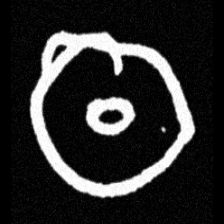
Pyu character \u2014 Myanmar letter: ထ (romanized: tha)